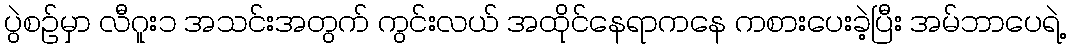
ပွဲစဉ်မှာ လီဂူး၁ အသင်းအတွက် ကွင်းလယ် အထိုင်နေရာကနေ ကစားပေးခဲ့ပြီး အမ်ဘာပေရဲ့